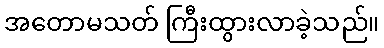
အတောမသတ် ကြီးထွားလာခဲ့သည်။